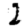
Digit: 2